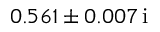
\hphantom { - } 0 . 5 6 1 \pm 0 . 0 0 7 \, \mathrm { i }